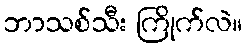
ဘာသစ်သီး ကြိုက်လဲ။